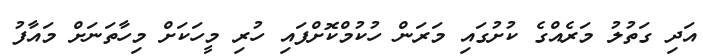
އަދި ގަތުލު މަރެއްގެ ކުށުގައި މަރަން ހުކުމްކޮށްފައި ހުރި މީހަކަށް މިހާތަނަށް މައާފު